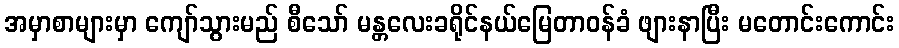
အမှာစာများမှာ ကျော်သွားမည် စီသော် မန္တလေးခရိုင်နယ်မြေတာဝန်ခံ ဖျားနာပြီး မတောင်းကောင်း